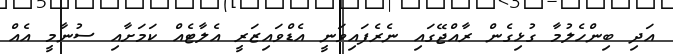
އަދި ބިންހެލުމާ ގުޅިގެން ރާއްޖޭގައި ނެރެފައިވަނީ އެޑްވައިޒަރީ އެލާޓެއް ކަމަށާއި ސުނާމީ އެއް